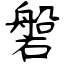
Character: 磐